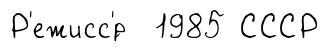
Р'ежисс'́р 1985 СССР